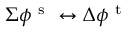
\Sigma \phi ^ { \mathrm { ~ s ~ } } \leftrightarrow \Delta \phi ^ { \mathrm { ~ t ~ } }